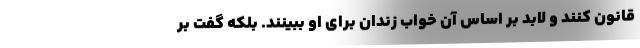
قانون کنند و لابد بر اساس آن خواب زندان برای او ببینند. بلکه گفت بر